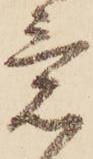
意